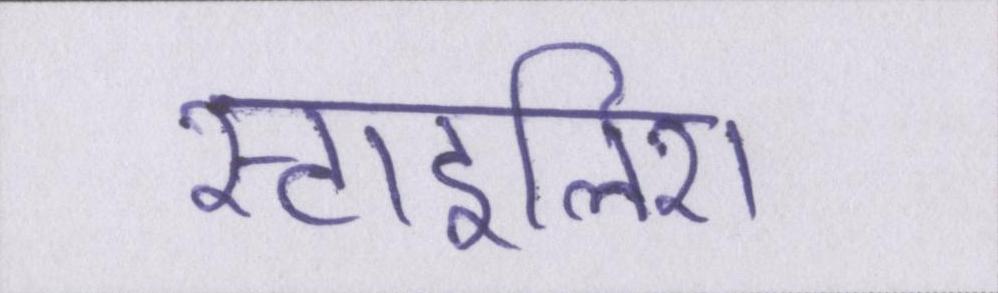
स्टाइलिश